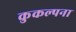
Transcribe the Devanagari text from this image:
कुकल्पना